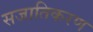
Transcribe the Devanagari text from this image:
सजातिकरण